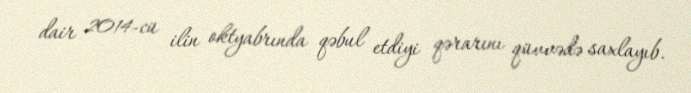
dair 2014-cü ilin oktyabrında qəbul etdiyi qərarını qüvvədə saxlayıb.